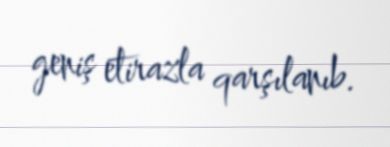
geniş etirazla qarşılanıb.